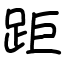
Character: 距